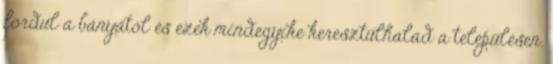
fordul a bányától és ezek mindegyike keresztülhalad a településen.